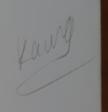
Signature authenticity: genuine